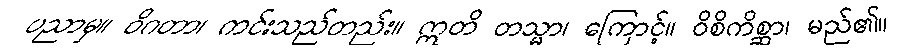
ပညာမှ။ ဝိဂတာ၊ ကင်းသည်တည်း။ ဣတိ တသ္မာ၊ ကြောင့်။ ဝိစိကိစ္ဆာ၊ မည်၏။